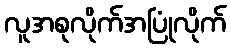
လူအစုလိုက်အပြုံလိုက်